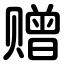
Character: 赠